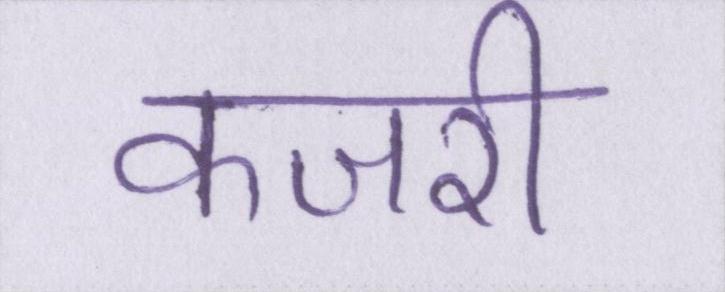
कजरी